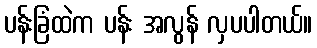
ပန်းခြံထဲက ပန်း အလွန် လှပပါတယ်။